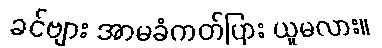
ခင်ဗျား အာမခံကတ်ပြား ယူမလား။